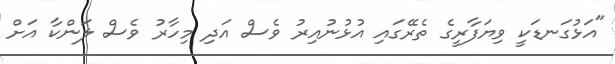
"އަޅުގަނޑަކީ ވިޔަފާރީގެ ތެރޭގައި އުޅުނުއިރު ވެސް އަދި މިހާރު ވެސް ލަންކާ އަށް